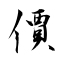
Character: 價